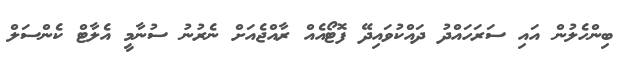
ބިންހެލުން އައި ސަރަހައްދު ދައްކުވައިދޭ ފޮޓޯއެއް ރާއްޖެއަށް ނެރުނު ސުނާމީ އެލާޓް ކެންސަލް